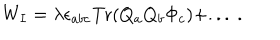
W _ { I } = \lambda \epsilon _ { a b c } { \mathrm { T r } } ( Q _ { a } Q _ { b } \Phi _ { c } ) + . . . ~ .